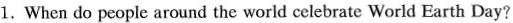
1.When do people around the world celebrate World Earth Day?